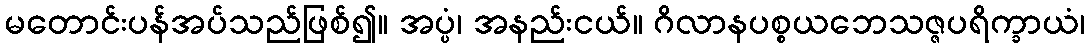
မတောင်းပန်အပ်သည်ဖြစ်၍။ အပ္ပံ၊ အနည်းငယ်။ ဂိလာနပစ္စယဘေသဇ္ဇပရိက္ခာယံ၊